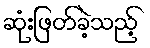
ဆုံးဖြတ်ခဲ့သည့်